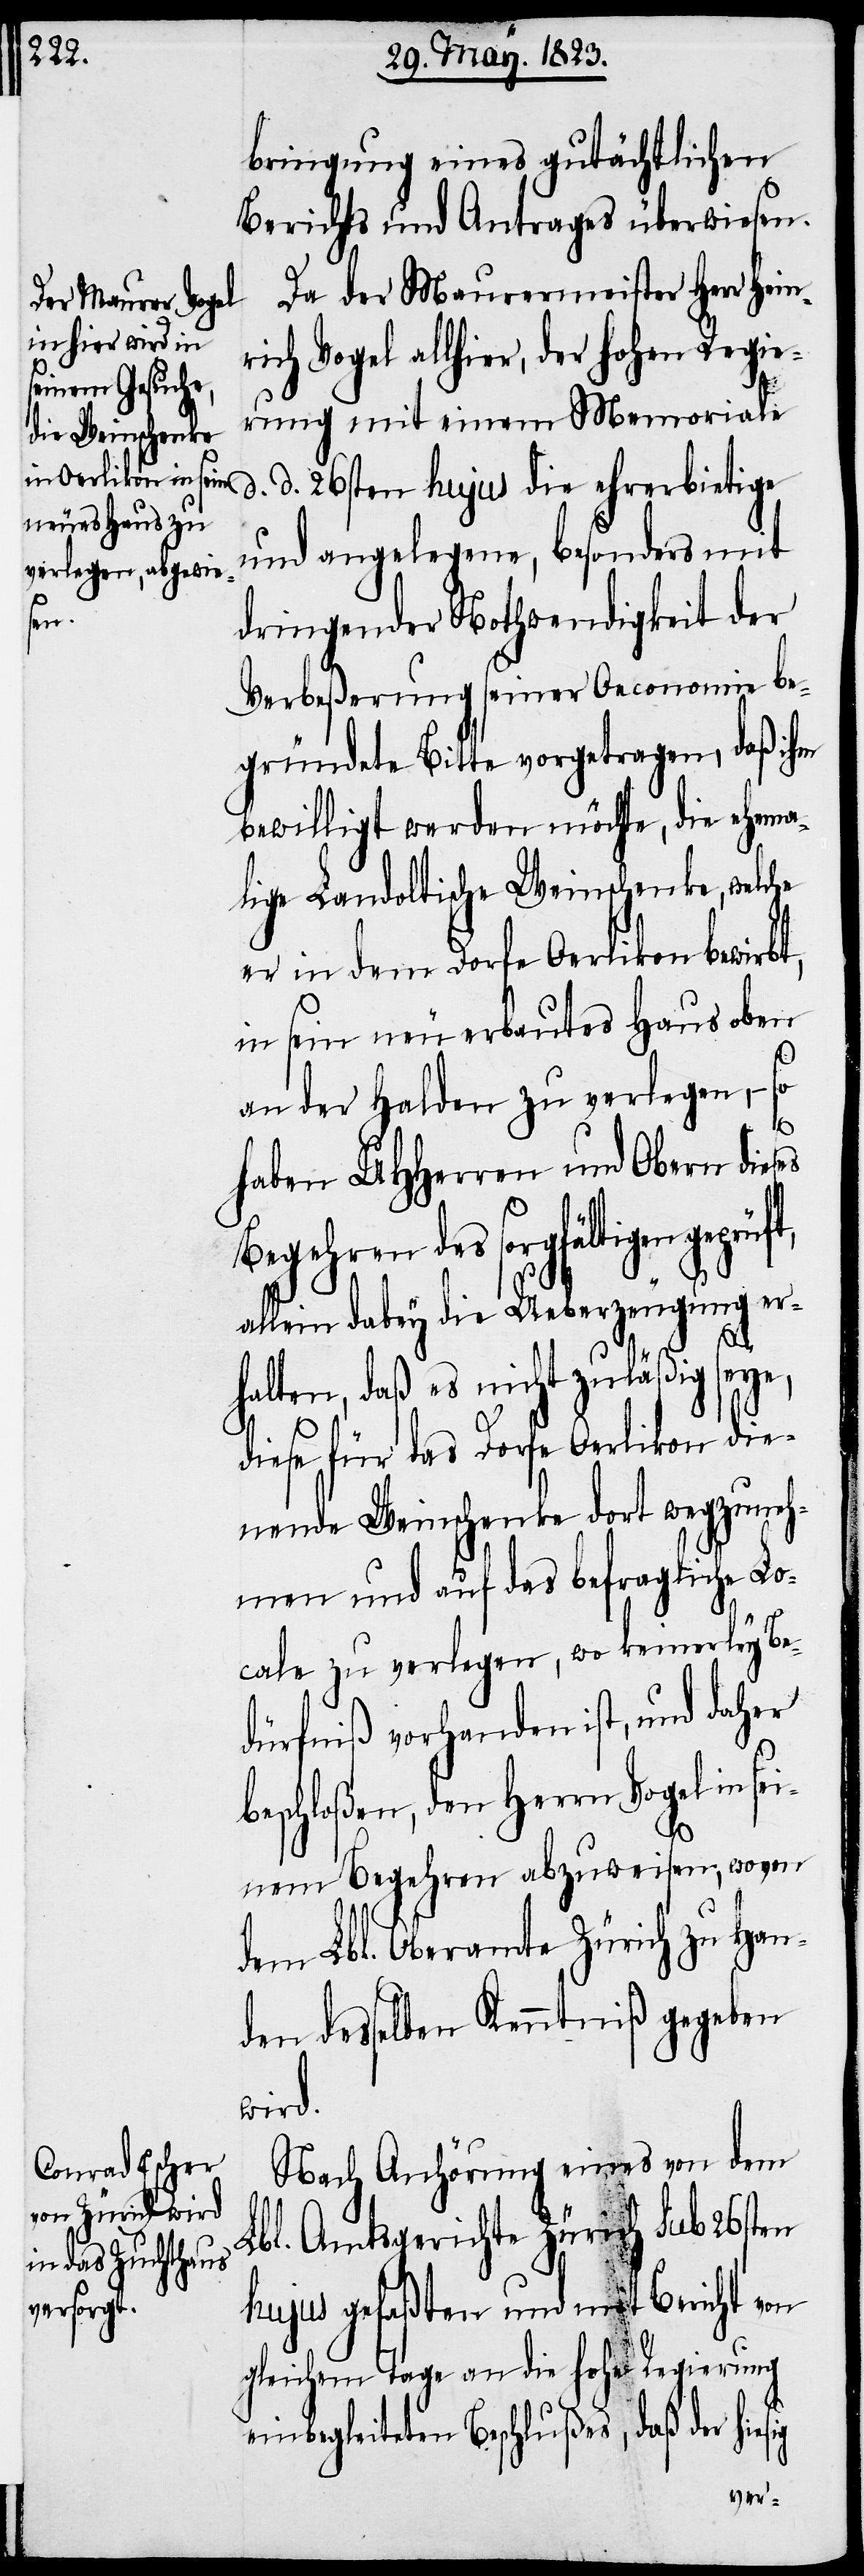
bringung eines gutächtlichen
Berichts und Antrages überwiesen.
Da der Maurermeister Herr Heinr¬
ich Vogel allhier, der hohen Regie¬
rung mit einem Memoriale
d. d. 26sten hujus die ehrerbietige
und angelegene, besonders mit
dringender Nothwendigkeit der
Verbeßerung seiner Oeconomie be¬
gründete Bitte vorgetragen, daß ihm
bewilligt werden möchte, die ehema¬
lige Landoltische Weinschenke, welche
er in dem Dorfe Oerlikon bewirbt,
in sein neu erbautes Haus oben
an der Halden zu verlegen, –
ig
haben UHHerren und Obern dieses
Begehren des sorgfältigen
allein dabey die Ueberzeugung er¬
halten, daß es nicht zuläßig seye,
diese für das Dorfe Oerlikon die¬
nende Weinschenke dort wegzuneh¬
men und auf das befragliche Lo¬
cale zu verlegen, wo keinerley Be¬
dürfniß vorhanden ist, und daher
beschloßen, den Herrn Vogel in se¬
inem Begehren abzuweisen; wovon
dem Lbl. Oberamte Zürich zu Han¬
den desselben Kenntniß gegeben
wird.
Nach Anhörung eines von dem
Lbl. Amtsgerichte Zürich sub 26sten
hujus gefaßten und mit Bericht von
gleichem Tage an die hohe Regierung
einbegleiteten Beschlußes, daß der hies¬